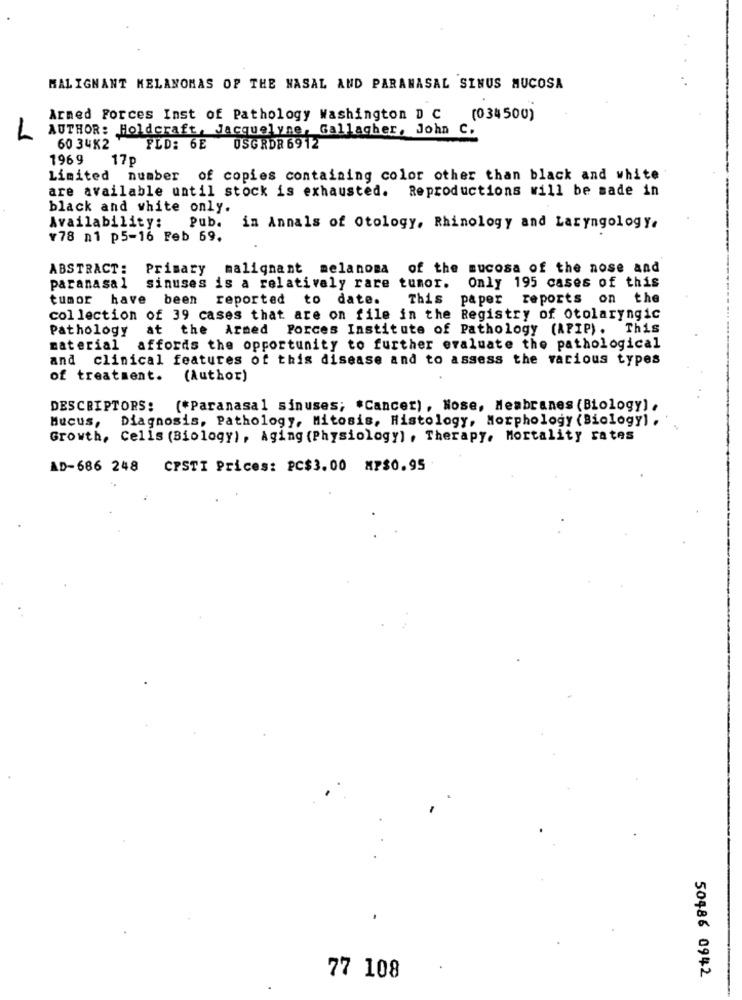
MALIGNANT MELANOMAS OF THE NASAL AND PARANASAL SINUS MUCOSA
Armed Forces Inst of Pathology Washington D C (034500)
AUTHOR: Holdcraft, Jacquelyne, Gallagher, John C.
L
60 34K2
FLD: 6E
USGRDR 6912
196 9
17p
Limited number of copies containing color other than black and white
are available until stock is exhausted. Reproductions will be made in
black and white only.
Availability:
Pub.
in Annals of Otology, Rhinology and Laryngology.
¥78 n1 p5-16 Feb 69.
ABSTRACT: Primary malignant melanoma of the mucosa of the nose and
paranasal
sinuses is a relatively rare tumor.
Only 195 cases of this
tumor have been reported to date.
This paper reports on the
collection of 39 cases that are on file in the Registry of otolaryngic
Pathology
at the Armed Forces Institute of Pathology (APIP). This
material
affords the opportunity to further evaluate the pathological
and clinical features of this disease and to assess the various types
of treatment.
(Author)
DESCRIPTORS: (*Paranasal sinuses; #Cancer), Nose, Membranes (Biology) .
Diagnosis, Pathology, Mitosis, Histology, Morphology (Biology] .
Mucus,
Growth, Cells (Biology), Aging (Physiology) , Therapy, Mortality rates
AD-686 248
CPSTI Prices: PC$3.00 MP$0.95
77 108
50486 0942